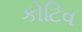
કોટિવ